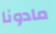
مادونا